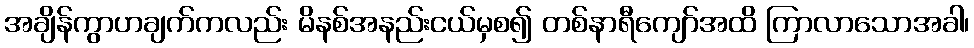
အချိန်ကွာဟချက်ကလည်း မိနစ်အနည်းငယ်မှစ၍ တစ်နာရီကျော်အထိ ကြာလာသောအခါ၊